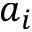
a _ { i }